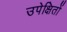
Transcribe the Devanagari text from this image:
उपेक्षितों